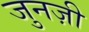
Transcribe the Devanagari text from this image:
जुनज़ी